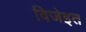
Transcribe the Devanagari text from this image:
विजेइत